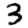
Digit: 3